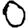
Digit: 0